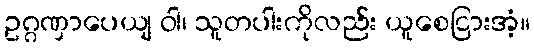
ဥဂ္ဂဏှာပေယျ ဝါ၊ သူတပါးကိုလည်း ယူစေငြားအံ့။